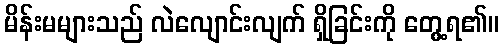
မိန်းမများသည် လဲလျောင်းလျက် ရှိခြင်းကို တွေ့ရ၏။